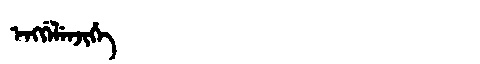
Manchu: ᡝᠩᡤᡝᠯᡝᠨᠵᡳᡥᡝ
Romanization: ENGGELENJIHE